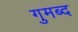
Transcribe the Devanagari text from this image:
गुमब्द